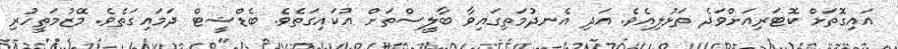
އައިގޮތަށް ކޮޓަރިއަށްވަދެ ތަޅުލިއެވެ. އަދި އެނދުމަތިގައިވާ ބާލީސްތަށް އުކައިގަތެވެ. ބެޑްޝީޓް ދަމައިގަތެވެ. މޭޒުމަތީހުރި